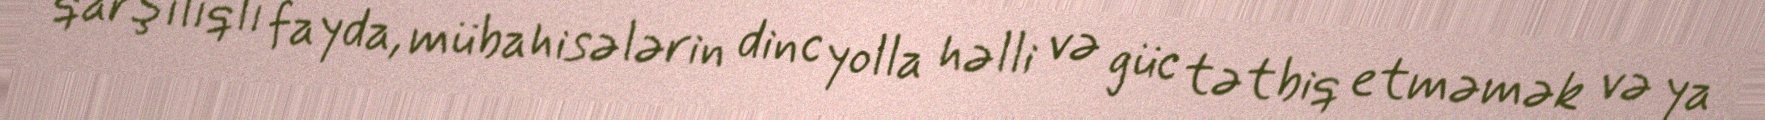
qarşılıqlı fayda, mübahisələrin dinc yolla həlli və güc tətbiq etməmək və ya